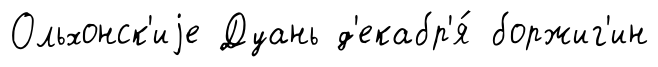
Ольхонск'иjе Дуань д'екабр'я́ боржиг'ин